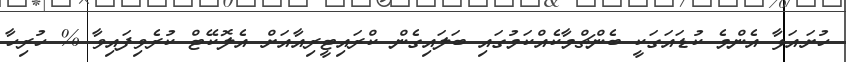
ހުށައަޅާ އެންމެ ކުޑައަގަކީ ބެންޗްމާކެއްކަމުގައި ބަލައިގެން ކްރައިޓީރިއާއަށް އެލޮކޭޓް ކުރެވިފައިވާ % ހުރިހާ